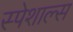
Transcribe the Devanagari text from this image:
स्पेशाल्स